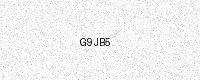
Text: G9JB5